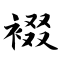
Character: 裰